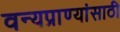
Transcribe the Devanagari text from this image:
वन्यप्राण्यांसाठी